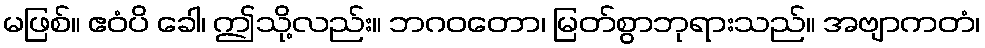
မဖြစ်။ ဧဝံပိ ခေါ၊ ဤသို့လည်း။ ဘဂဝတော၊ မြတ်စွာဘုရားသည်။ အဗျာကတံ၊